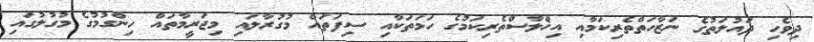
ދިވެހި ދައުލަތުގެ ނަޒާހަތްތެރިކަމާއި އިޚްލާސްތެރިކަމުގެ ހަމަތަކާއި ސިފަތައް މުގުރާލައި މިޖަރީމާތައް ހިންގުމުގެ މުގުލުގައި